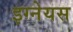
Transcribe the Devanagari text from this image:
इग्नेयस